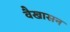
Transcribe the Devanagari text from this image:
वैखासन